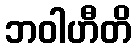
ဘဝါဟီတိ